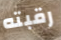
رقبته